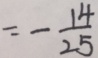
= - \frac { 1 4 } { 2 5 }